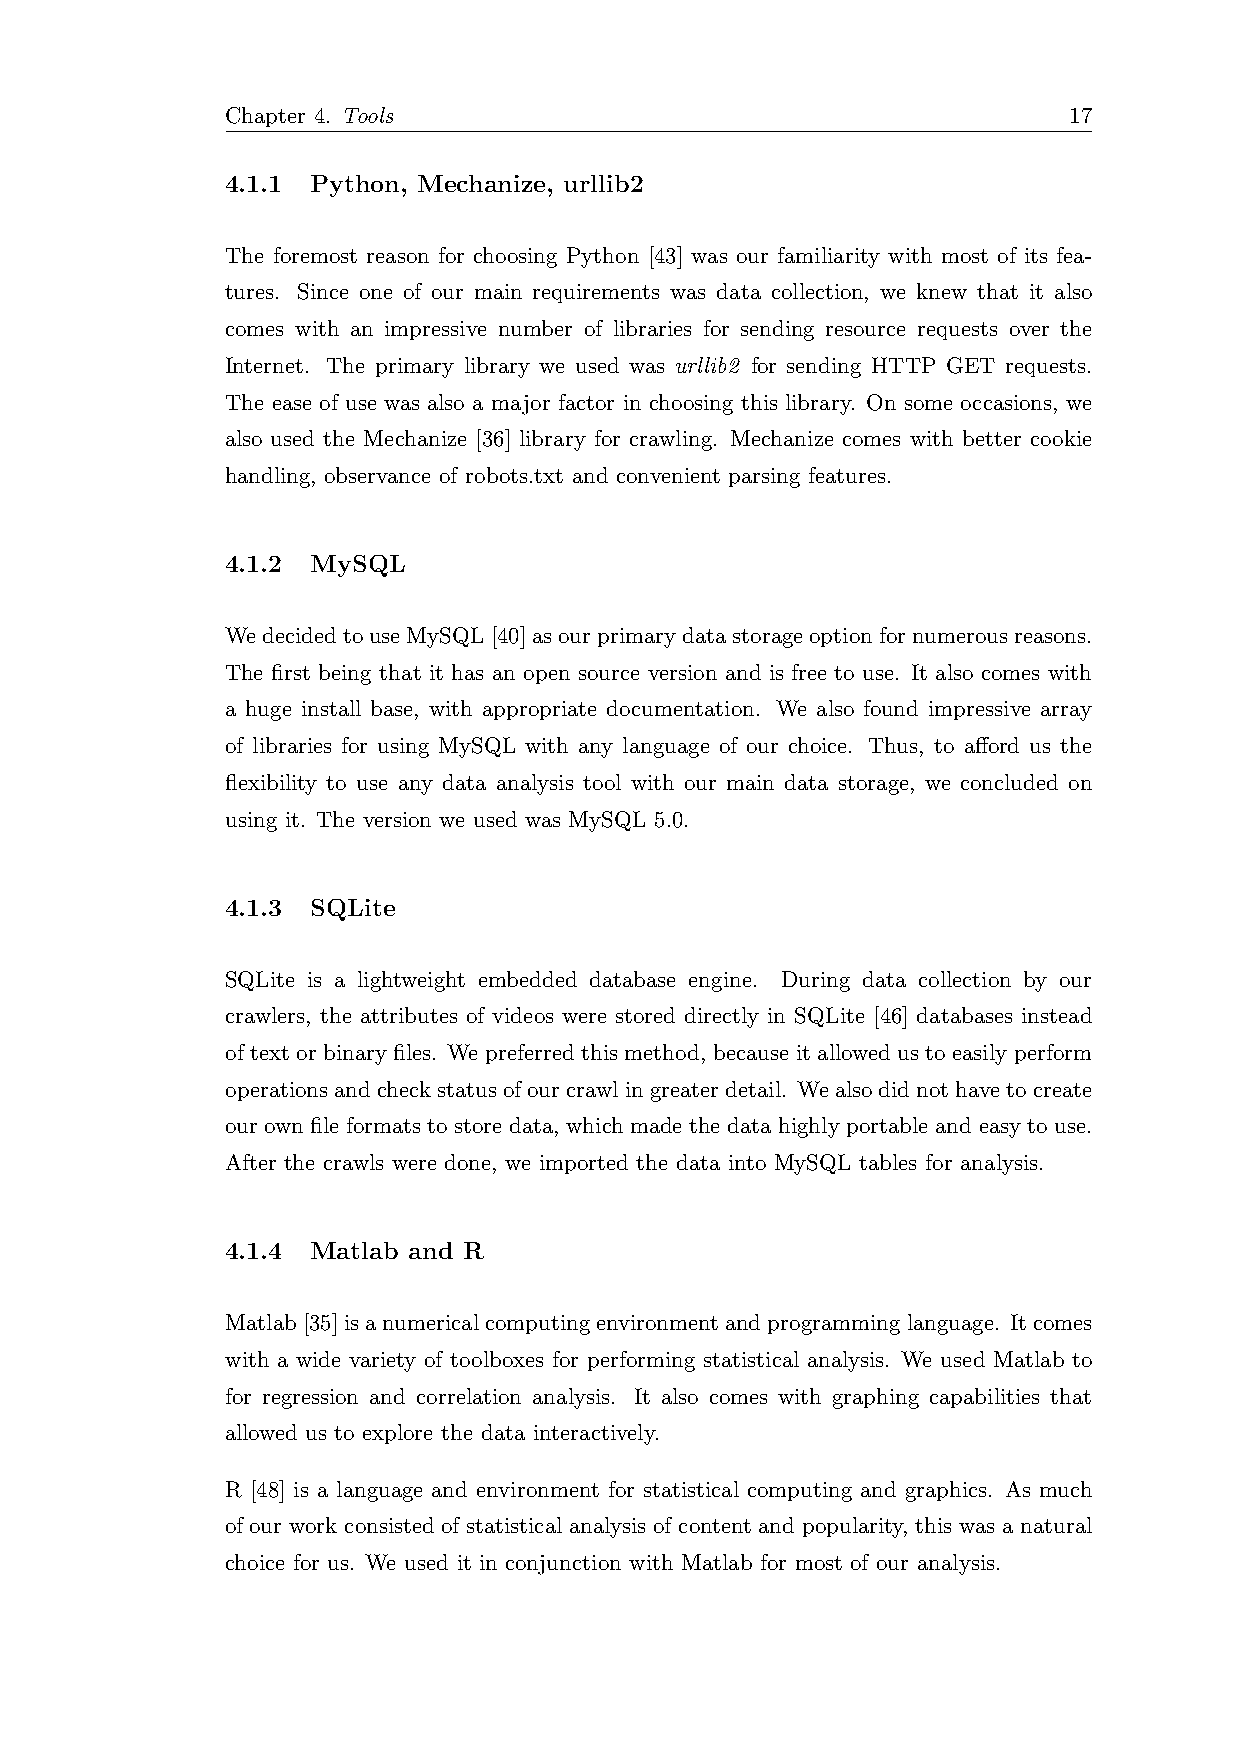
Chapter 4. Tools                                        17
 4.1.1 Python, Mechanize, urllib2
 The foremost reason for choosing Python [43] was our familiarity with most of its fea-
 tures. Since one of our main requirements was data collection, we knew that it also
 comes with an impressive number of libraries for sending resource requests over the
 Internet. The primary library we used was urllib2 for sending HTTP GET requests.
 The ease of use was also a major factor in choosing this library. On some occasions, we
 also used the Mechanize [36] library for crawling. Mechanize comes with better cookie
 handling, observance of robots.txt and convenient parsing features.
 4.1.2 MySQL
 WedecidedtouseMySQL[40]asourprimarydatastorageoptionfornumerousreasons.
 The first being that it has an open source version and is free to use. It also comes with
 a huge install base, with appropriate documentation. We also found impressive array
 of libraries for using MySQL with any language of our choice. Thus, to afford us the
 flexibility to use any data analysis tool with our main data storage, we concluded on
 using it. The version we used was MySQL 5.0.
 4.1.3 SQLite
 SQLite is a lightweight embedded database engine. During data collection by our
 crawlers, the attributes of videos were stored directly in SQLite [46] databases instead
 of text or binary files. We preferred this method, because it allowed us to easily perform
 operationsandcheckstatusofourcrawlingreaterdetail. Wealsodidnothavetocreate
 our own file formats to store data, which made the data highly portable and easy to use.
 After the crawls were done, we imported the data into MySQL tables for analysis.
 4.1.4 Matlab and R
 Matlab[35]isanumericalcomputingenvironmentandprogramminglanguage. Itcomes
 with a wide variety of toolboxes for performing statistical analysis. We used Matlab to
 for regression and correlation analysis. It also comes with graphing capabilities that
 allowed us to explore the data interactively.
 R [48] is a language and environment for statistical computing and graphics. As much
 of our work consisted of statistical analysis of content and popularity, this was a natural
 choice for us. We used it in conjunction with Matlab for most of our analysis.